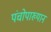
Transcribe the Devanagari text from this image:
पंचोपाख्यान